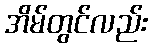
အိမ်တွင်လည်း